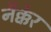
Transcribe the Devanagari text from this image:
नैक्केर